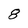
Character: 8